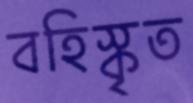
বহিস্কৃত